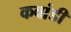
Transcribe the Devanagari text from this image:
कवांडी